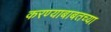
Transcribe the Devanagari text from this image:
करण्याबाबतच्या